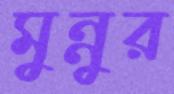
মুন্নুর